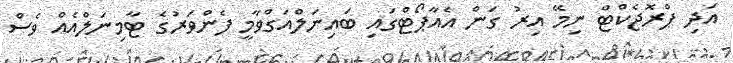
އަދި ޕްރޮޖެކްޓް ނިމޭ އިރު ގަން އެއާޕޯޓްގައި ބައިނަލްއަގްވާމީ ފެންވަރުގެ ޓާމިނަލްއެއް ވެސް